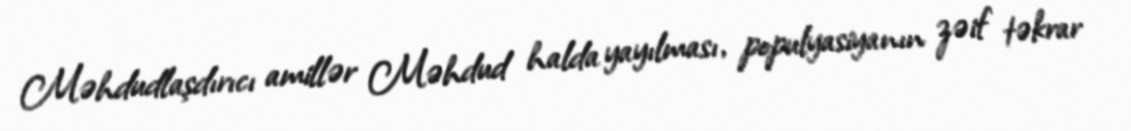
Məhdudlaşdırıcı amillər Məhdud halda yayılması, populyasiyanın zəif təkrar